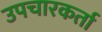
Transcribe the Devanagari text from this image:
उपचारकर्ता